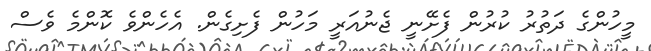
މީހުންގެ ދަތުރު ކުރުން ފެށޭނީ ޖެނުއަރީ މަހުން ފެށިގެން. އެހެންވެ ކޮންމެ ވެސް